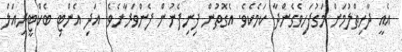
އެއީ ދާހިތްލުމަށް މަގުފަހިވެގެންދާ ކަމެކެވެ. އެގޮތުން ފިނިފެނުން ފެންވަރާށެވެ. އަދި އެންޓި ބެކްޓީރިއަލް